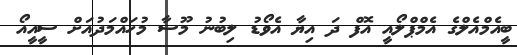
ބީއެމްއެލްގެ އެމްޕްލޯއީ އޮފް ދަ އިޔާ އެވޯޑު ލިބުނު މޫސާ މުހައްމަދުއަށް ސީއީއޯ